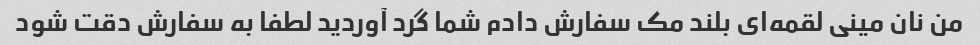
من نان مینی لقمه‌ای بلند مک سفارش دادم شما گرد آوردید لطفا به سفارش دقت شود